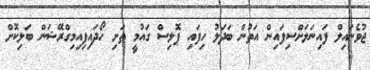
ޖުވެނައިލް ފައިނަލަށްސިފައިން އަތުން ބަދަލު ހިފައި ޕޮލިސް ގައުމީ ތަށި ހޯދައިފިއިމިގްރޭޝަން ބަލިކޮށް